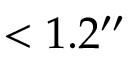
< 1 . 2 { ^ { \prime \prime } }